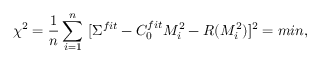
\chi ^ { 2 } = \frac { 1 } { n } \sum _ { i = 1 } ^ { n } ~ [ \Sigma ^ { f i t } - C _ { 0 } ^ { f i t } M _ { i } ^ { 2 } - R ( M _ { i } ^ { 2 } ) ] ^ { 2 } = m i n ,